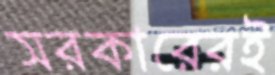
সরকারেরই